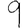
Digit: 9